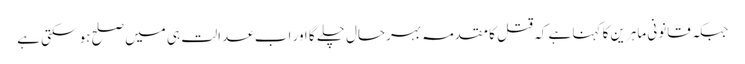
جبکہ قانونی ماہرین کا کہنا ہے کہ قتل کا مقدمہ بہرحال چلے گا اور اب عدالت ہی میں صلح ہو سکتی ہے